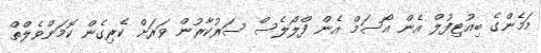
މަމެންގެ ބިއުޓިފުލް އެން އޯސަމް އެން ފްލޯލެސް ސަރުކާރުން ވަރަށް ކެރިގެން ކޮމަންވެލްތް